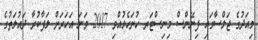
މިއަދުގެ ޖަލްސާގައި ފިނޭންސް މިނިސްޓަރ ހުށަހެޅުއްވި 2017 ވަނަ އަހަރަށް ލަފާކުރާ ދައުލަތުގެ